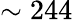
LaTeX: \sim 244